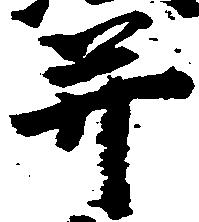
并